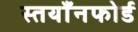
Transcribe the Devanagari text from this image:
स्तयाँनफोर्ड